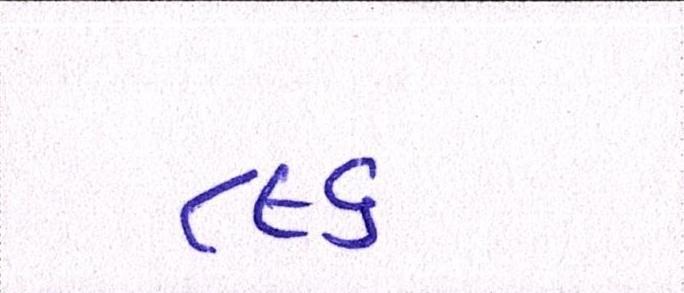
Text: ૮૯૬